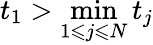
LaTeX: t_{1}>\operatorname*{min}_{1\leqslant j\leqslant N}t_{j}